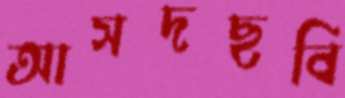
আসদছবি